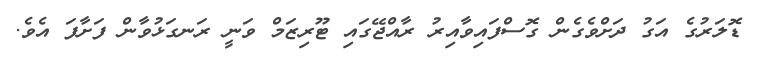
ޑޮލަރުގެ އަގު ދަށްވެގެން ގޮސްފައިވާއިރު ރާއްޖޭގައި ޓޫރިޒަމް ވަނީ ރަނގަޅުވާން ފަށާފަ އެވެ.